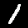
Digit: 1